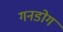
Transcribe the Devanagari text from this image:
गनडोग